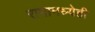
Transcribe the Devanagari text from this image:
रामामध्येही